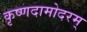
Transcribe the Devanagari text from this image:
कृष्णदामोदरम्